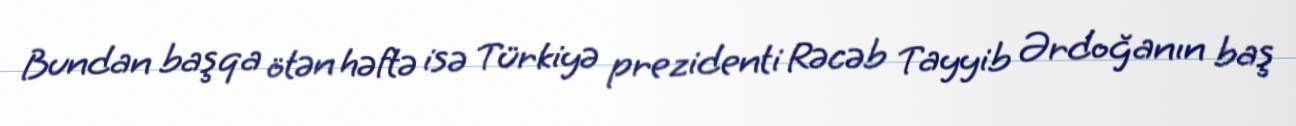
Bundan başqa ötən həftə isə Türkiyə prezidenti Rəcəb Tayyib Ərdoğanın baş